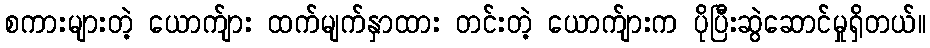
စကားများတဲ့ ယောက်ျား ထက်မျက်နှာထား တင်းတဲ့ ယောက်ျားက ပိုပြီးဆွဲဆောင်မှုရှိတယ်။